Annual administration report of the Civil Veterinary Department, Sind - 1938-1939
Year: 1938
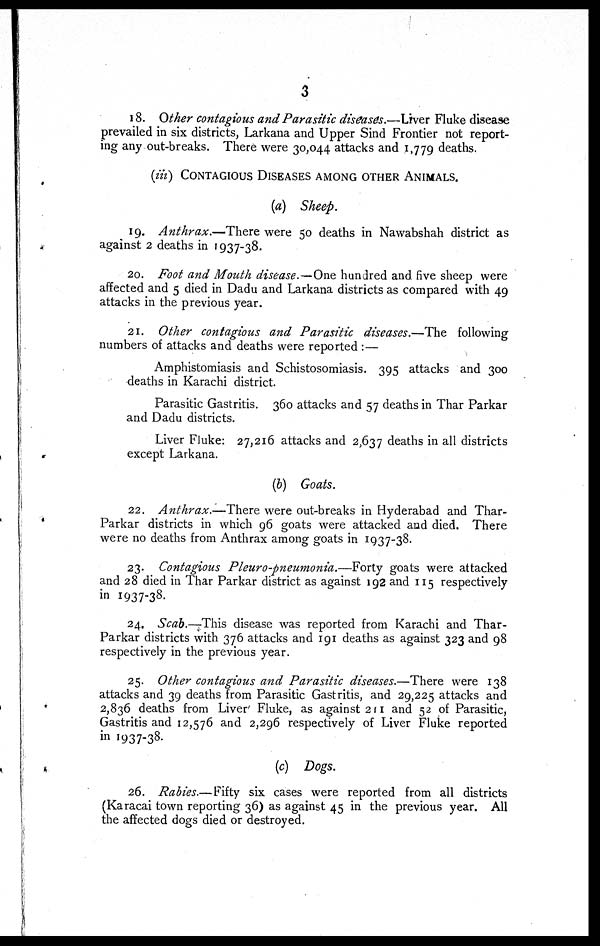
3
18. Other contagious and Parasitic diseases.—Liver Fluke disease
prevailed in six districts, Larkana and Upper Sind Frontier not report-
ing any out-breaks. There were 30,044 attacks and 1,779 deaths.
(iii) CONTAGIOUS DISEASES AMONG OTHER ANIMALS.
(a) Sheep.
19. Anthrax.—There were 50 deaths in Nawabshah district as
against 2 deaths in 1937-38.
20. Foot and Mouth disease.—One hundred and five sheep were
affected and 5 died in Dadu and Larkana districts as compared with 49
attacks in the previous year.
21. Other contagious and Parasitic diseases.—The following
numbers of attacks and deaths were reported :—
Amphistomiasis and Schistosomiasis. 395 attacks and 300
deaths in Karachi district.
Parasitic Gastritis. 360 attacks and 57 deaths in Thar Parkar
and Dadu districts.
Liver Fluke: 27,216 attacks and 2,637 deaths in all districts
except Larkana.
(b) Goats.
22. Anthrax.—There were out-breaks in Hyderabad and Thar-
Parkar districts in which 96 goats were attacked and died. There
were no deaths from Anthrax among goats in 1937-38.
23. Contagious Pleuro-pneumonia.—Forty
goats were attacked
and 28 died in Thar Parkar district as against 192 and 115 respectively
in 1937-38.
24. Scab.—This disease was reported from Karachi and Thar-
Parkar districts with 376 attacks and 191 deaths as against 323 and 98
respectively in the previous year.
25. Other contagious and Parasitic diseases.—There were 138
attacks and 39 deaths from Parasitic Gastritis, and 29,225 attacks and
2,836 deaths from Liver Fluke, as against 211 and 52 of Parasitic,
Gastritis and 12,576 and 2,296 respectively of Liver Fluke reported
in 1937-38.
(c) Dogs.
26. Rabies.—Fifty six cases were reported from all districts
(Karacai town reporting 36) as against 45 in the previous year. All
the affected dogs died or destroyed.